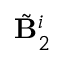
\tilde { \mathbf { B } } _ { 2 } ^ { i }